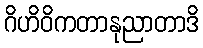
ဂိဟိဝိကတာနုညာတာဒိ